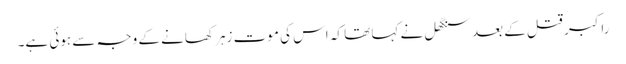
راکبر قتل کے بعد سنگھل نے کہا تھا کہ اس کی موت زہر کھانے کے وجہ سے ہوئی ہے۔